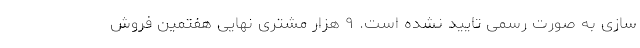
سازی به صورت رسمی تایید نشده‌ است. ۹ هزار مشتری نهایی هفتمین فروش